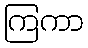
ကြကာ